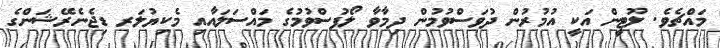
މައްޗެވެ. ލޫޓީން އަކީ އުމުރުން ދުވަސްވުމުން ދިމާވާ ލޯފުސްވުމުގެ މައްސަލައާއި މެކިޔުލަރ ޑިޖެނެރޭޝަންގެ